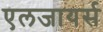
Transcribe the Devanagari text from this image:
एलजायर्स